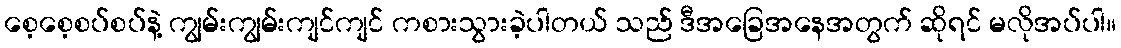
စေ့စေ့စပ်စပ်နဲ့ ကျွမ်းကျွမ်းကျင်ကျင် ကစားသွားခဲ့ပါတယ် သည် ဒီအခြေအနေအတွက် ဆိုရင် မလိုအပ်ပါ။